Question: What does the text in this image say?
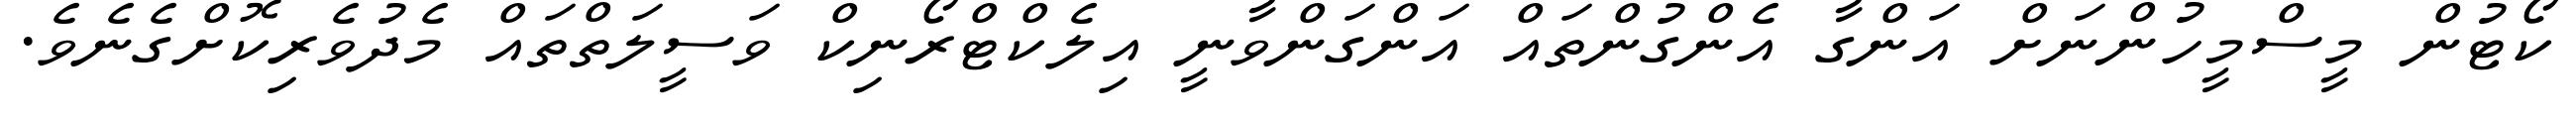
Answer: ކޯޓުން މީސްމީހުންނަށް އަންގާ އެންގުންތައް އަންގަންވާނީ އިލެކްޓްރޯނިކް ވަސީލަތްތައް މެދުވެރިކޮށްގެނެވެ.